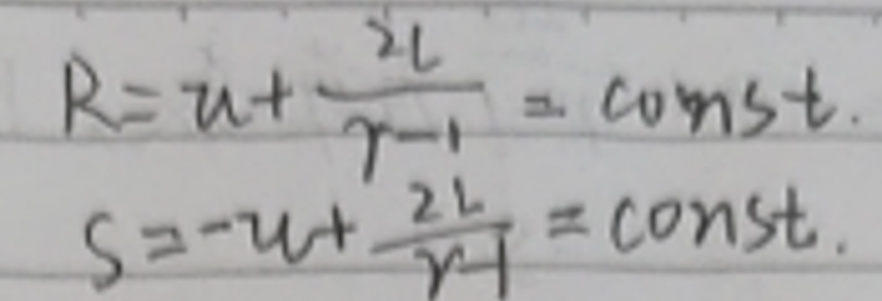
\[
\begin{align*}
R &= u+\frac{2l}{r - 1}=\mathrm{const.}\\
S &= -u+\frac{2l}{r + 1}=\mathrm{const.}
\end{align*}
\]